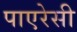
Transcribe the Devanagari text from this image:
पाएरेसी